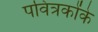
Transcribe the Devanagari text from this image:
पवित्रकोंके